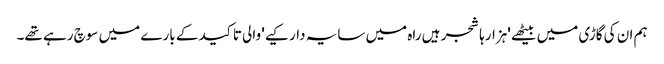
ہم ان کی گاڑی میں بیٹھے 'ہزارہا شجر ہیں راہ میں سایہ دار کیے' والی تاکید کے بارے میں سوچ رہے تھے۔